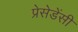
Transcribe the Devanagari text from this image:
प्रेसेडेंसी